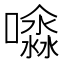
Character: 𡂊